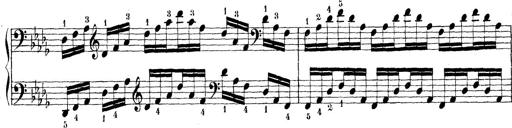
Title: Technische Studien
Composer: Franz Liszt